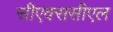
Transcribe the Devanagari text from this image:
सीएक्ससीएल